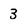
Character: 3